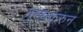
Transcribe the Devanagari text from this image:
मुख्यकरुन